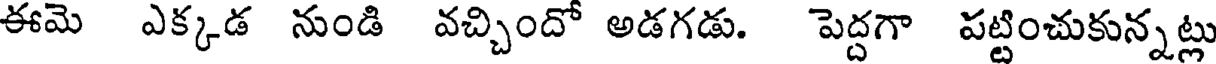
ఈమె ఎక్కడ నుండి వచ్చిందో అడగడు. పెద్దగా పట్టించుకున్నట్లు